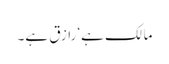
مالک ہے‘ رازق ہے۔